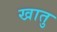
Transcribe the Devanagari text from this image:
खातु